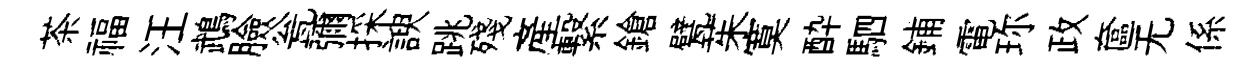
茶福汪鵡臉瓮彌採諛跳殘產繋鎗甓茱寞酔駟鋪電珎政奩无係